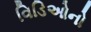
વિડિઓનો